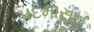
પદમાસન